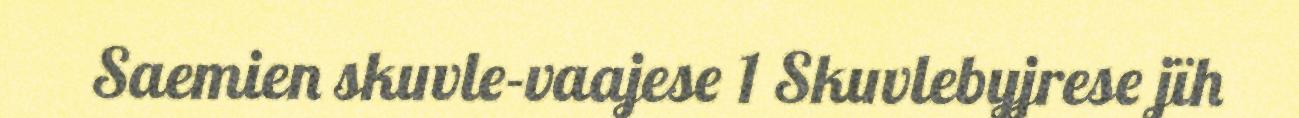
Saemien skuvle-vaajese 1 Skuvlebyjrese jïh